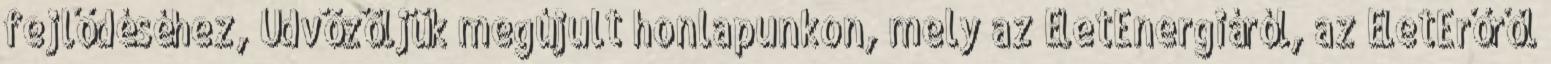
fejlődéséhez, Üdvözöljük megújult honlapunkon, mely az ÉletEnergiáról, az ÉletErőről